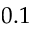
0 . 1